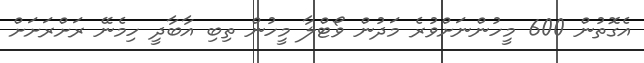
އެގޮތުން 600 މީހުންނަށްވުރެ މަދުން ވޯޓްލާ މީހުން ތިބި އާބާދީ ހިމެނޭ ރަށްރަށަށް